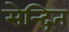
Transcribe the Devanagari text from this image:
सेन्द्रित